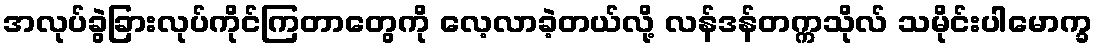
အလုပ်ခွဲခြားလုပ်ကိုင်ကြတာတွေကို လေ့လာခဲ့တယ်လို့ လန်ဒန်တက္ကသိုလ် သမိုင်းပါမောက္ခ